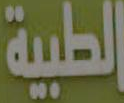
الطبية